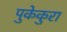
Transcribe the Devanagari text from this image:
पुकेकुरा